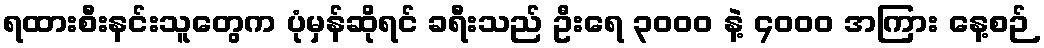
ရထားစီးနင်းသူတွေက ပုံမှန်ဆိုရင် ခရီးသည် ဦးရေ ၃၀၀၀ နဲ့ ၄၀၀၀ အကြား နေ့စဉ်